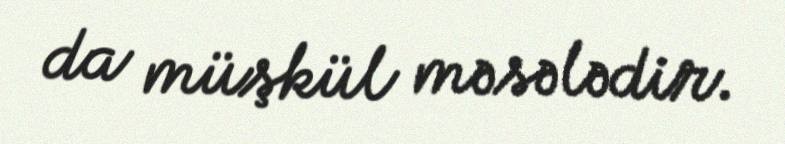
da müşkül məsələdir.